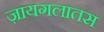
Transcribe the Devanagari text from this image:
ज़ायगलातस